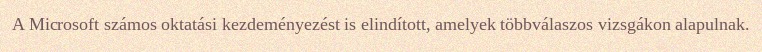
A Microsoft számos oktatási kezdeményezést is elindított, amelyek többválaszos vizsgákon alapulnak.